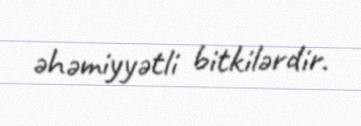
əhəmiyyətli bitkilərdir.